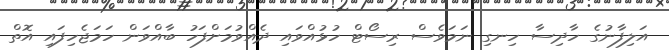
އަލިފާނުގެ ހާދިސާ ހިނގި ނަމަވެސް ރިސޯޓް ހުޅުއްވައި ދެއްވުމަށްފަހު ބާއްވަން ހަމަޖެހިފައި އޮތް